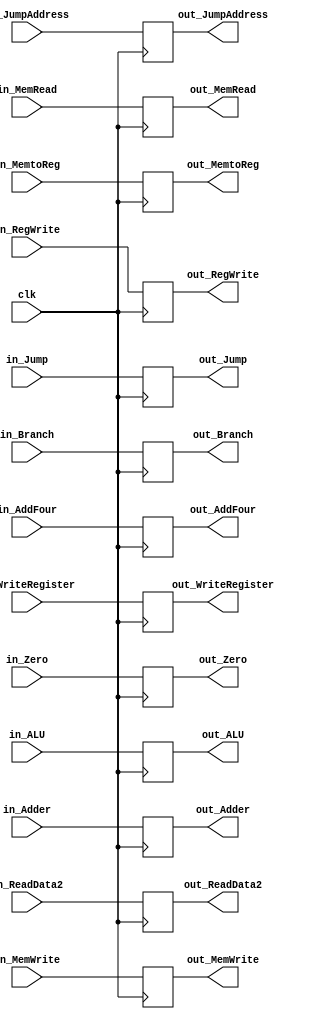
module EXMEM
(
	input wire clk,
	input wire in_Jump,
	input wire in_Branch,
	input wire in_MemRead,
	input wire in_MemtoReg,
	input wire in_MemWrite,
	input wire in_RegWrite,
	input wire [27:0]in_JumpAddress,
	input wire [31:0]in_AddFour,
	input wire [31:0]in_Adder,
	input wire in_Zero,
	input wire [31:0]in_ALU,
	input wire [31:0]in_ReadData2,
	input wire [ 4:0]in_WriteRegister,
	output reg out_Jump,
	output reg out_Branch,
	output reg out_MemRead,
	output reg out_MemtoReg,
	output reg out_MemWrite,
	output reg out_RegWrite,
	output reg [27:0]out_JumpAddress,
	output reg [31:0]out_AddFour,
	output reg [31:0]out_Adder,
	output reg out_Zero,
	output reg [31:0]out_ALU,
	output reg [31:0]out_ReadData2,
	output reg [ 4:0]out_WriteRegister
);

	always @(posedge clk)
		begin
			out_Jump          <= in_Jump;
			out_Branch        <= in_Branch;
			out_MemRead       <= in_MemRead;
			out_MemtoReg      <= in_MemtoReg;
			out_MemWrite      <= in_MemWrite;
			out_RegWrite      <= in_RegWrite;
			out_JumpAddress   <= in_JumpAddress;
			out_AddFour       <= in_AddFour;
			out_Adder         <= in_Adder;
			out_Zero          <= in_Zero;
			out_ALU           <= in_ALU;
			out_ReadData2     <= in_ReadData2;
			out_WriteRegister <= in_WriteRegister;
		end

endmodule